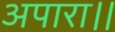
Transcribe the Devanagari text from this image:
अपारा।।